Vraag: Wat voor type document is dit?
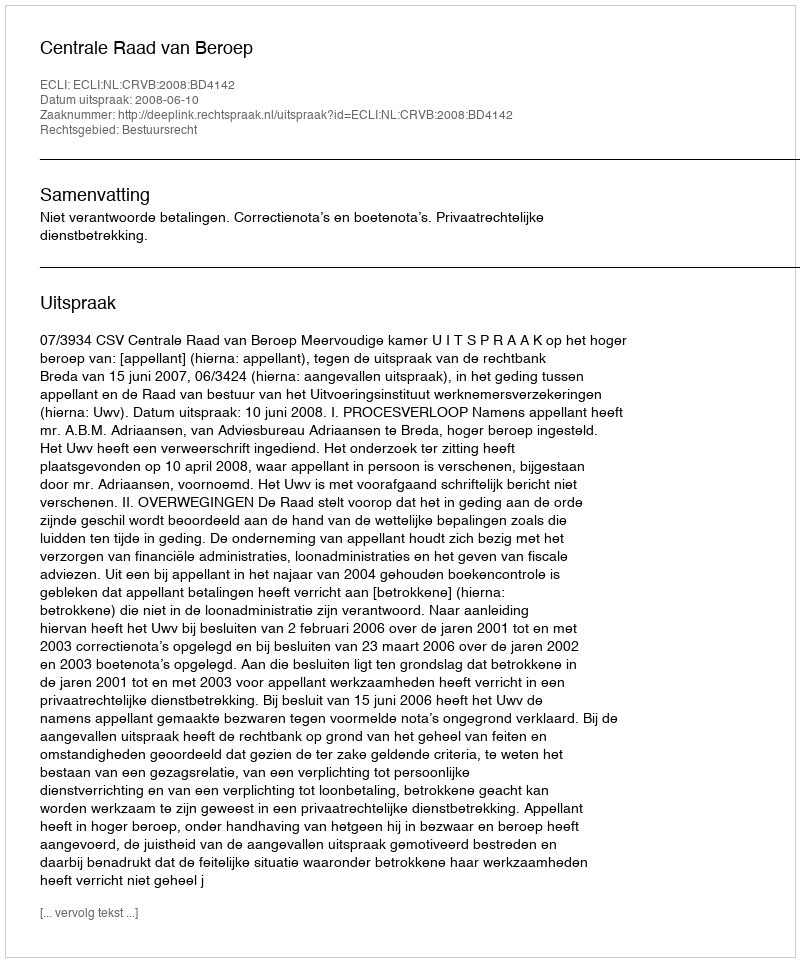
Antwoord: Uitspraak